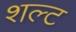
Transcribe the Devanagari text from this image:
शल्ट